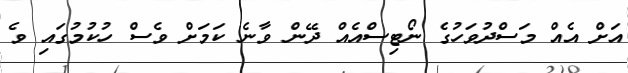
އަށް އެއް މަސްދުވަހުގެ ނޯޓިސްއެއް ދޭން ވާނެ ކަމަށް ވެސް ހުކުމުގައި ވެ